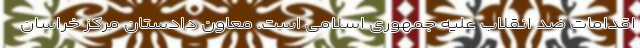
اقدامات ضد انقلاب علیه جمهوری اسلامی است. معاون دادستان مرکز خراسان